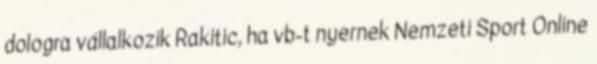
dologra vállalkozik Rakitic, ha vb-t nyernek Nemzeti Sport Online